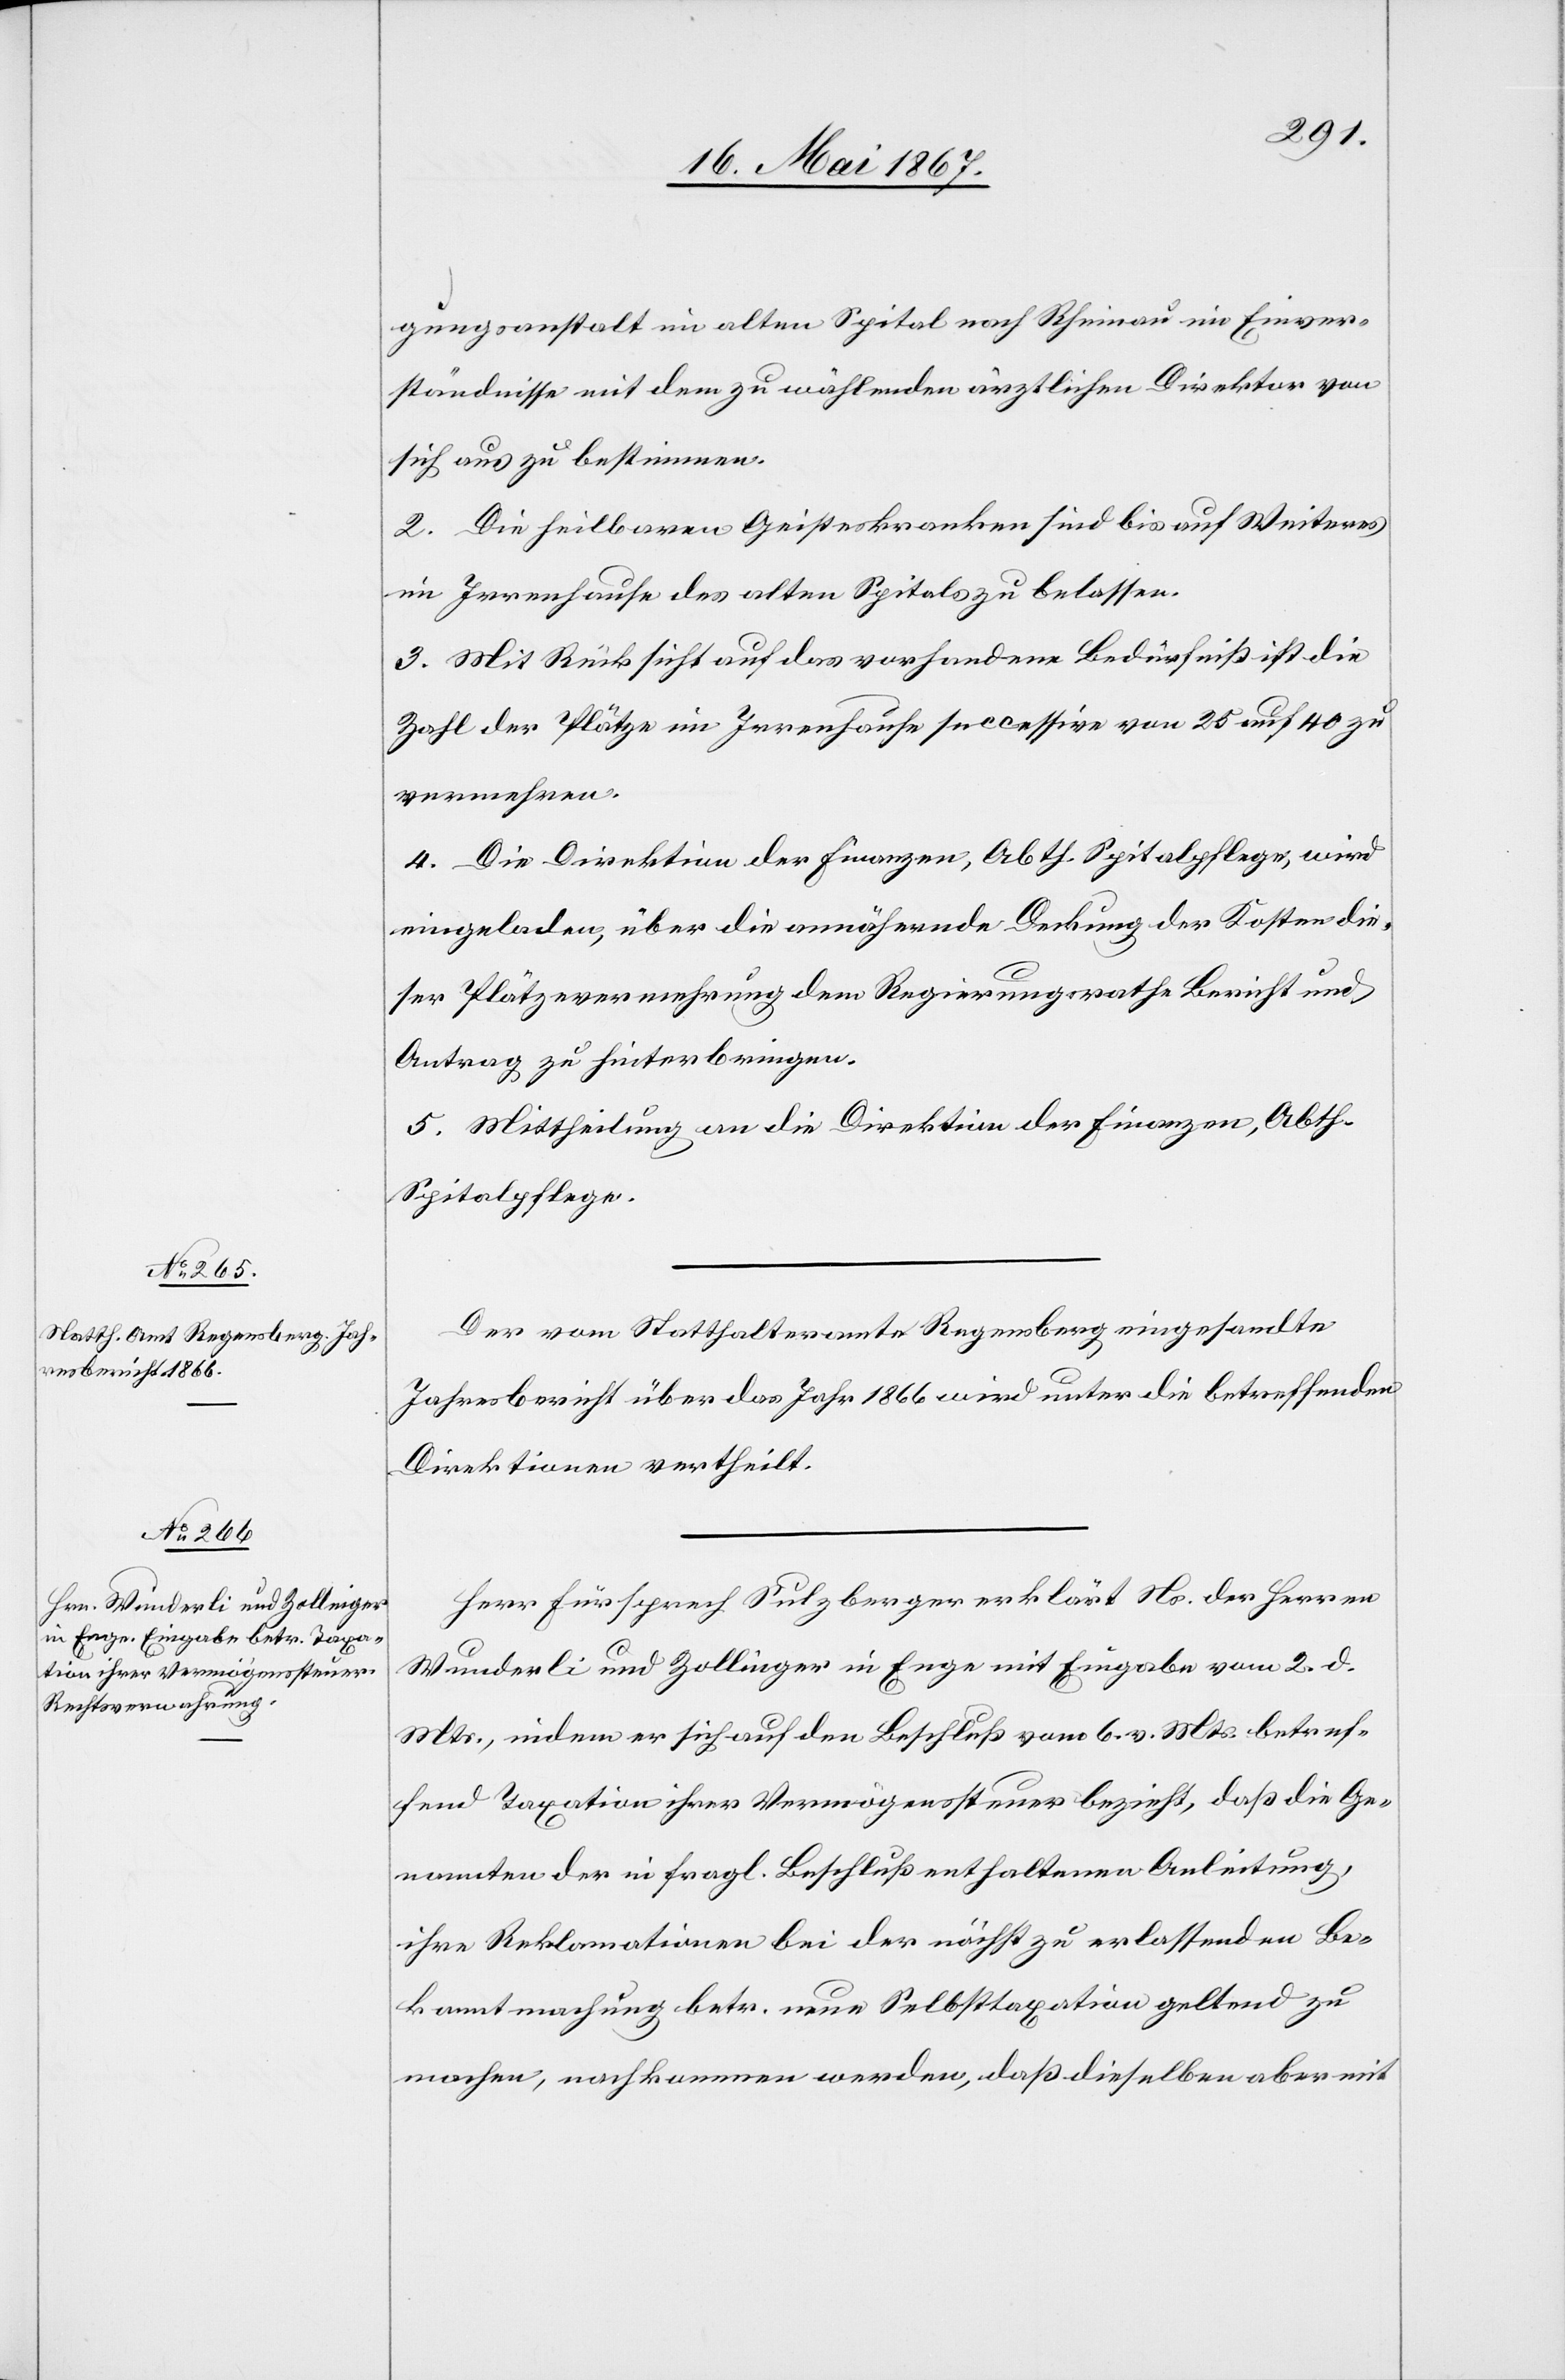
gungsanstalt im alten Spital nach Rheinau im Einver¬
ständnisse mit dem zu wählenden ärztlichen Direktor von
sich aus zu bestimmen.
2. Die heilbaren Geisteskranken sind bis auf Weiteres
im Irrenhause des alten Spitals zu belassen.
3. Mit Rücksicht auf das vorhandene Bedürfniß ist die
Zahl der Plätze im Irrenhause successive von 25 auf 40 zu
vermehren.
4. Die Direktion der Finanzen, Abth. Spitalpflege, wird
eingeladen, über die annähernde Deckung der Kosten die¬
ser Plätzevermehrung dem Regierungsrathe Bericht und
Antrag zu hinterbringen.
5. Mittheilung an die Direktion der Finanzen, Abth.
Spitalpflege.
Der vom Statthalteramte Regensberg eingesandte
Jahresbericht über das Jahr 1866 wird unter die betreffenden
Direktionen vertheilt.
Herr Fürsprech Sulzberger erklärt Ns. der Herren
Wunderli und Zollinger in Enge mit Eingabe vom 2. d.
Mts., indem er sich auf den Beschluß vom 6. v. Mts. betref¬
fend Taxation ihrer Vermögenssteuer bezieht, daß die Ge¬
nannten der in fragl. Beschluß enthaltenen Anleitung,
ihre Reklamationen bei der nächst zu erlassenden Be¬
kanntmachung betr. neue Selbsttaxation geltend zu
machen, nachkommen werden, daß dieselben aber mit